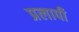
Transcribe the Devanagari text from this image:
प्रलापी